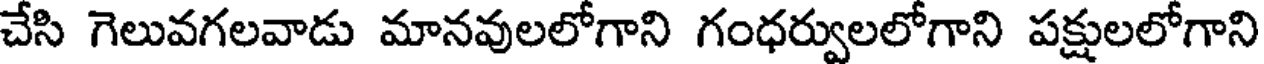
చేసి గెలువగలవాడు మానవులలోగాని గంధర్వులలోగాని పక్షులలోగాని